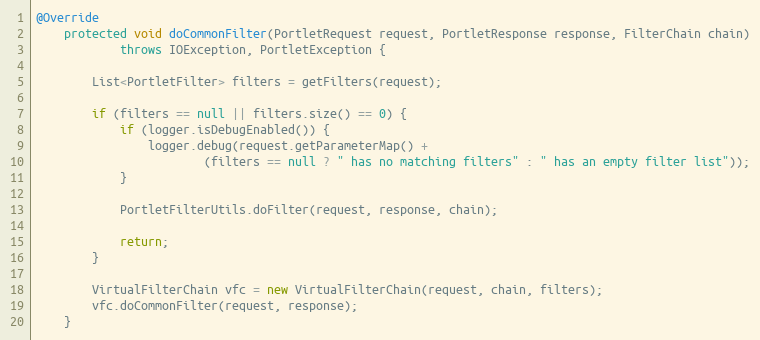
Language: Java
@Override
    protected void doCommonFilter(PortletRequest request, PortletResponse response, FilterChain chain)
            throws IOException, PortletException {

        List<PortletFilter> filters = getFilters(request);

        if (filters == null || filters.size() == 0) {
            if (logger.isDebugEnabled()) {
                logger.debug(request.getParameterMap() +
                        (filters == null ? " has no matching filters" : " has an empty filter list"));
            }

            PortletFilterUtils.doFilter(request, response, chain);

            return;
        }

        VirtualFilterChain vfc = new VirtualFilterChain(request, chain, filters);
        vfc.doCommonFilter(request, response);
    }